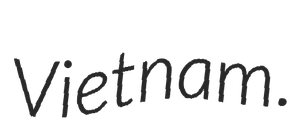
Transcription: Vietnam.